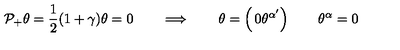
{ \cal P _ { + } } \theta = { \frac { 1 } { 2 } } ( 1 + \gamma ) \theta = 0 \qquad \Longrightarrow \qquad \theta = \left( \begin{matrix} { 0 } \\ { \theta ^ { \alpha ^ { \prime } } } \\ \end{matrix} \right) \qquad \theta ^ { \alpha } = 0